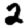
Digit: 2